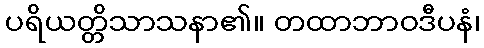
ပရိယတ္တိသာသနာ၏။ တထာဘာဝဒီပနံ၊